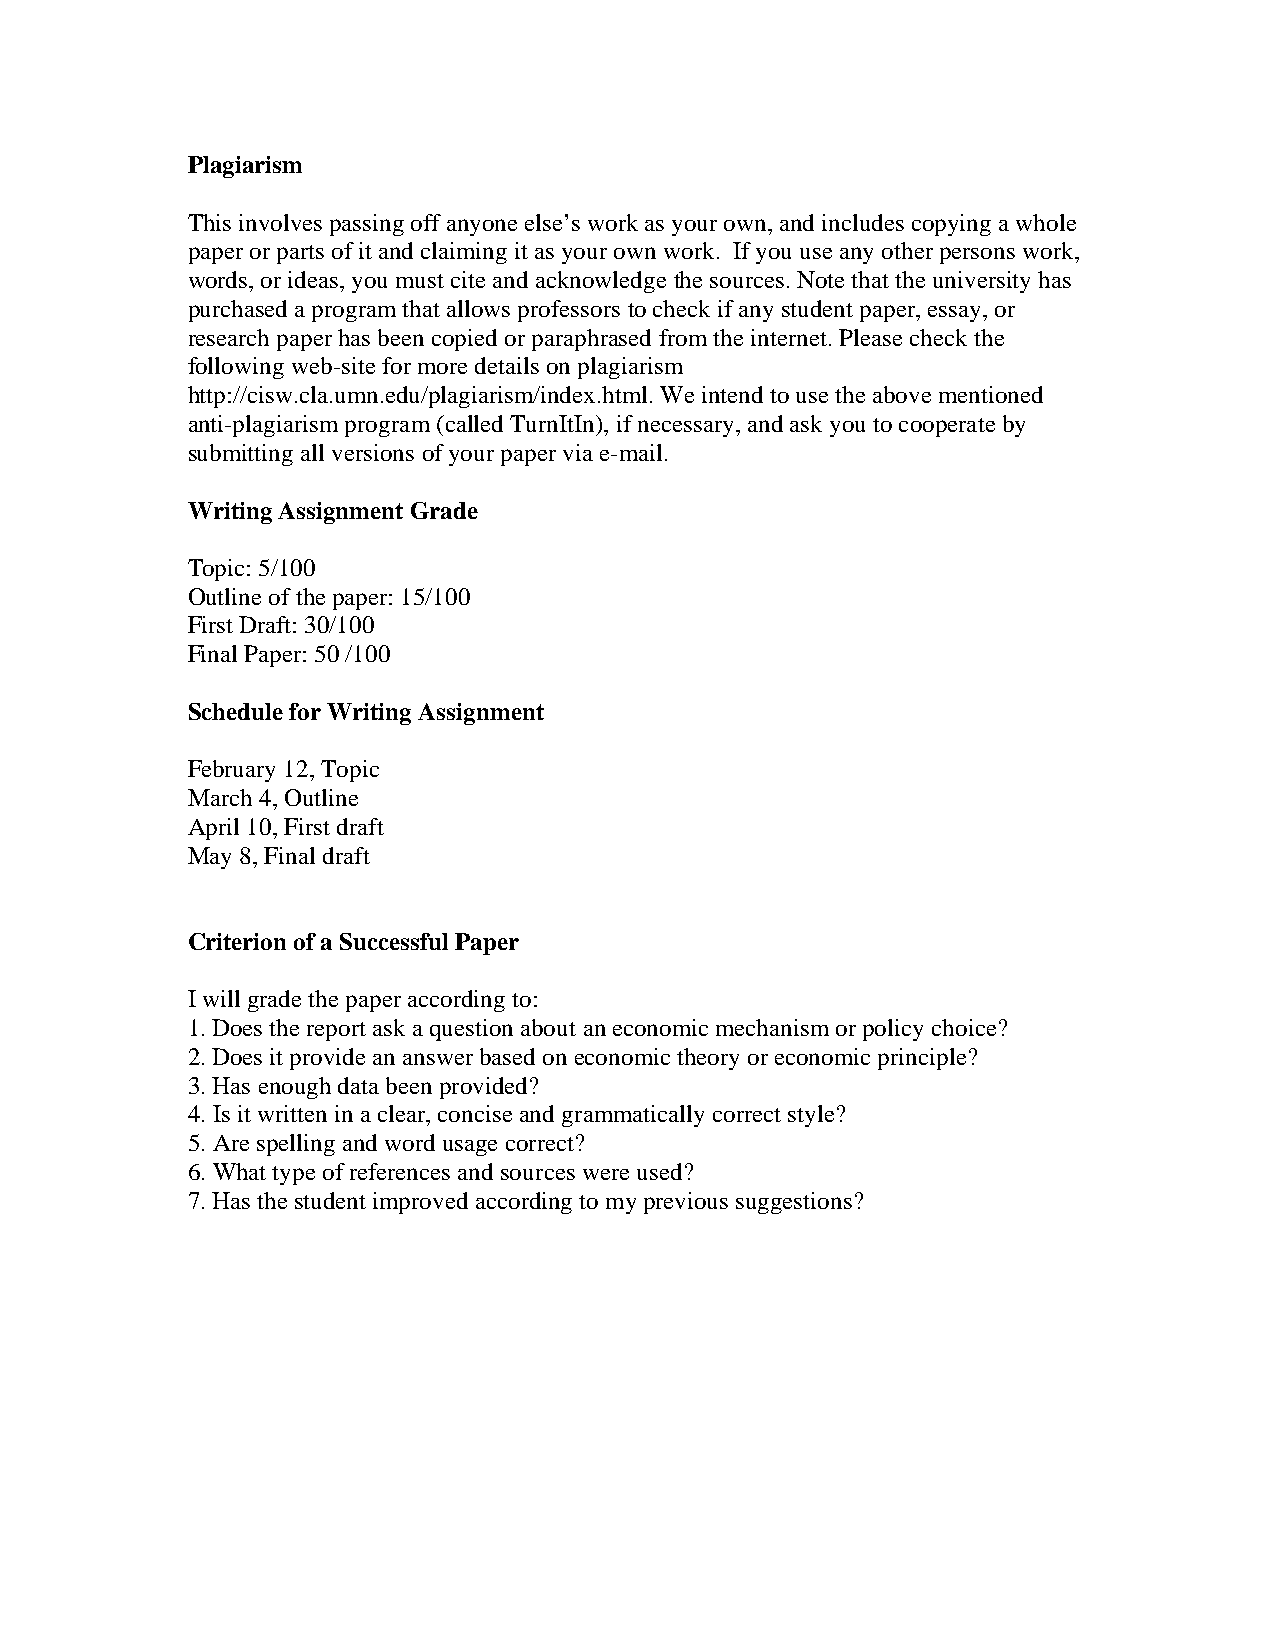
Plagiarism
 This involves passing off anyone else’s work as your own, and includes copying a whole
 paper or parts of it and claiming it as your own work. If you use any other persons work,
 words, or ideas, you must cite and acknowledge the sources. Note that the university has
 purchased a program that allows professors to check if any student paper, essay, or
 research paper has been copied or paraphrased from the internet. Please check the
 following web-site for more details on plagiarism
 http://cisw.cla.umn.edu/plagiarism/index.html. We intend to use the above mentioned
 anti-plagiarism program (called TurnItIn), if necessary, and ask you to cooperate by
 submitting all versions of your paper via e-mail.
 Writing Assignment Grade
 Topic: 5/100
 Outline of the paper: 15/100
 First Draft: 30/100
 Final Paper: 50 /100
 Schedule for Writing Assignment
 February 12, Topic
 March 4, Outline
 April 10, First draft
 May 8, Final draft
 Criterion of a Successful Paper
 I will grade the paper according to:
 1. Does the report ask a question about an economic mechanism or policy choice?
 2. Does it provide an answer based on economic theory or economic principle?
 3. Has enough data been provided?
 4. Is it written in a clear, concise and grammatically correct style?
 5. Are spelling and word usage correct?
 6. What type of references and sources were used?
 7. Has the student improved according to my previous suggestions?